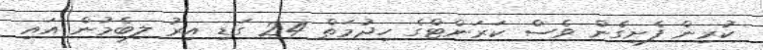
ކުރިން ފެށިގެން ވެސް ކަރަންޓްގެ ހިދުމަތް 24 ގަޑި އިރު ލިބެމުން އައި